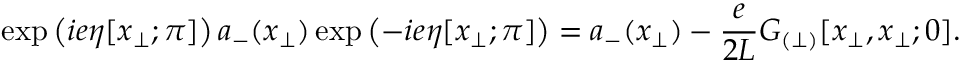
\exp \left( i e \eta [ x _ { \perp } ; \pi ] \right) a _ { - } ( x _ { \perp } ) \exp \left( - i e \eta [ x _ { \perp } ; \pi ] \right) = a _ { - } ( x _ { \perp } ) - \frac { e } { 2 L } { \cal G } _ { ( \perp ) } [ x _ { \perp } , x _ { \perp } ; 0 ] .